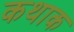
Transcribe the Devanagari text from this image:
कथाक